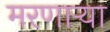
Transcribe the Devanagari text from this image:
मरणार्‍या